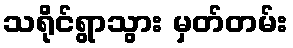
သရိုင်ရွာသွား မှတ်တမ်း